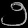
Digit: ၅